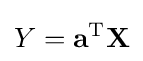
Y=\mathbf {a} ^{\mathrm {T} }\mathbf {X}